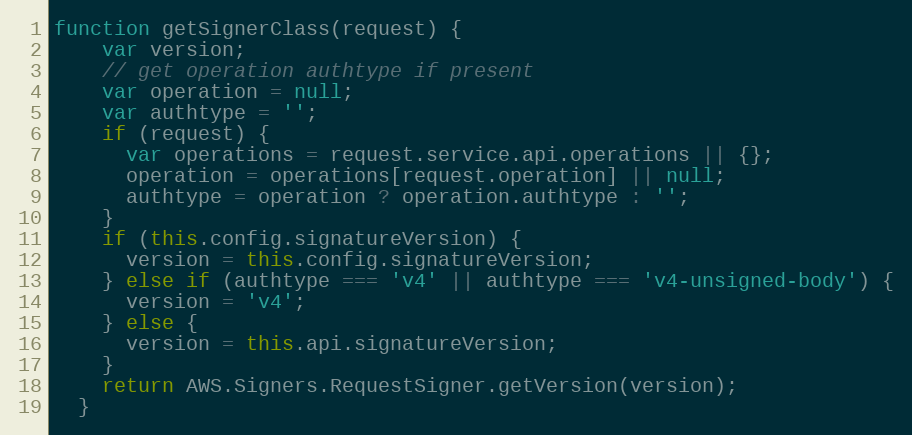
Language: JavaScript
function getSignerClass(request) {
    var version;
    // get operation authtype if present
    var operation = null;
    var authtype = '';
    if (request) {
      var operations = request.service.api.operations || {};
      operation = operations[request.operation] || null;
      authtype = operation ? operation.authtype : '';
    }
    if (this.config.signatureVersion) {
      version = this.config.signatureVersion;
    } else if (authtype === 'v4' || authtype === 'v4-unsigned-body') {
      version = 'v4';
    } else {
      version = this.api.signatureVersion;
    }
    return AWS.Signers.RequestSigner.getVersion(version);
  }